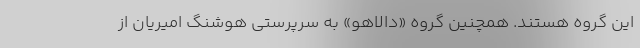
این گروه هستند. همچنین گروه «دالاهو» به سرپرستی هوشنگ امیریان از